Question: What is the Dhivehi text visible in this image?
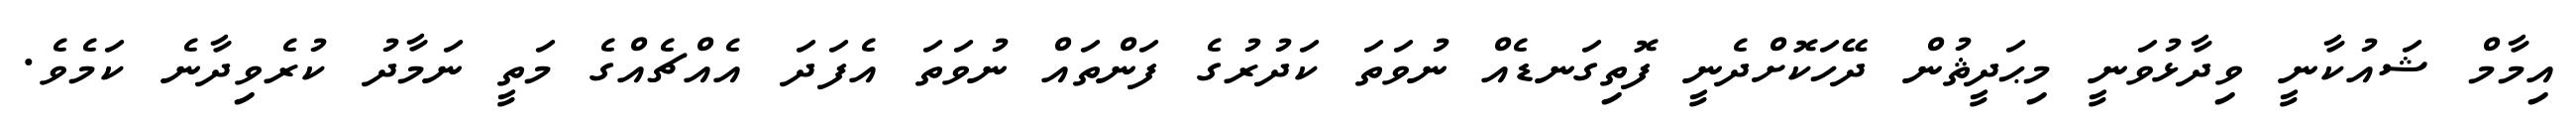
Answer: އިމާމް ޝައުކާނީ ވިދާޅުވަނީ މިޙަދީޘުން ދޭހަކޮށްދެނީ ފޮތިގަނޑެއް ނުވަތަ ކަދުރުގެ ފަންތައް ނުވަތަ އެފަދަ އެއްޗެއްގެ މަތީ ނަމާދު ކުރެވިދާނެ ކަމެވެ.